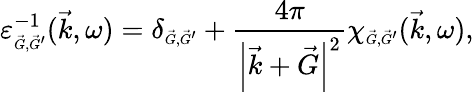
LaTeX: \varepsilon_{\scriptscriptstyle\vec{G},\vec{G}^{\prime}}^{-1}(\vec{k},\omega)=\delta_{\scriptscriptstyle\vec{G},\vec{G}^{\prime}}+\frac{4\pi}{\left|\vec{k}+\vec{G}\right|^{2}}\chi_{\scriptscriptstyle\vec{G},\vec{G}^{\prime}}(\vec{k},\omega),